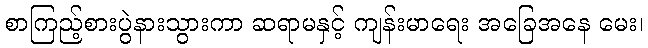
စာကြည့်စားပွဲနားသွားကာ ဆရာမနှင့် ကျန်းမာရေး အခြေအနေ မေး၊